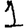
Digit: 1